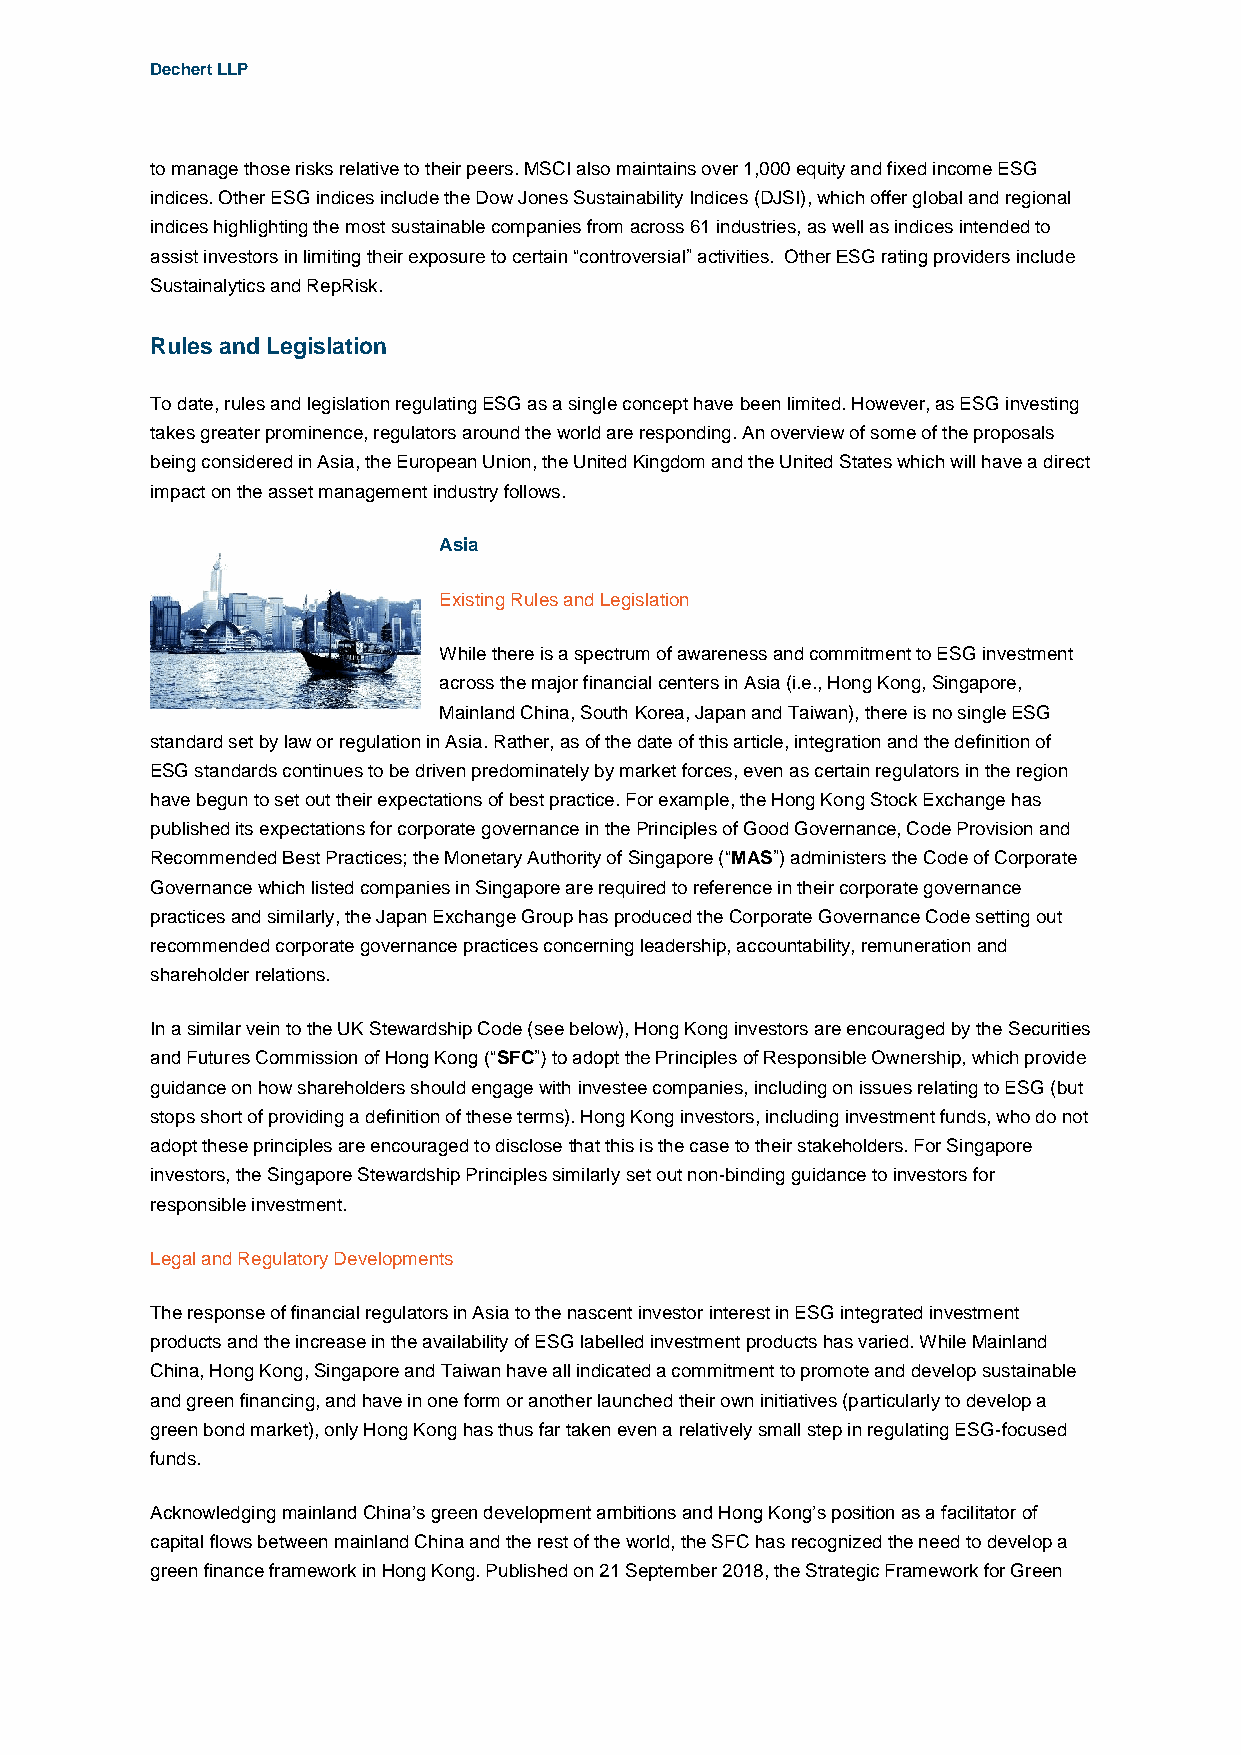
Dechert LLP
 to manage those risks relative to their peers. MSCI also maintains over 1,000 equity and fixed income ESG
 indices. Other ESG indices include the Dow Jones Sustainability Indices (DJSI), which offer global and regional
 indices highlighting the most sustainable companies from across 61 industries, as well as indices intended to
 assist investors in limiting their exposure to certain “controversial” activities. Other ESG rating providers include
 Sustainalytics and RepRisk.
 Rules and Legislation
 To date, rules and legislation regulating ESG as a single concept have been limited. However, as ESG investing
 takes greater prominence, regulators around the world are responding. An overview of some of the proposals
 being considered in Asia, the European Union, the United Kingdom and the United States which will have a direct
 impact on the asset management industry follows.
 Asia
 Existing Rules and Legislation
 While there is a spectrum of awareness and commitment to ESG investment
 across the major financial centers in Asia (i.e., Hong Kong, Singapore,
 Mainland China, South Korea, Japan and Taiwan), there is no single ESG
 standard set by law or regulation in Asia. Rather, as of the date of this article, integration and the definition of
 ESG standards continues to be driven predominately by market forces, even as certain regulators in the region
 have begun to set out their expectations of best practice. For example, the Hong Kong Stock Exchange has
 published its expectations for corporate governance in the Principles of Good Governance, Code Provision and
 Recommended Best Practices; the Monetary Authority of Singapore (“MAS”) administers the Code of Corporate
 Governance which listed companies in Singapore are required to reference in their corporate governance
 practices and similarly, the Japan Exchange Group has produced the Corporate Governance Code setting out
 recommended corporate governance practices concerning leadership, accountability, remuneration and
 shareholder relations.
 In a similar vein to the UK Stewardship Code (see below), Hong Kong investors are encouraged by the Securities
 and Futures Commission of Hong Kong (“SFC”) to adopt the Principles of Responsible Ownership, which provide
 guidance on how shareholders should engage with investee companies, including on issues relating to ESG (but
 stops short of providing a definition of these terms). Hong Kong investors, including investment funds, who do not
 adopt these principles are encouraged to disclose that this is the case to their stakeholders. For Singapore
 investors, the Singapore Stewardship Principles similarly set out non-binding guidance to investors for
 responsible investment.
 Legal and Regulatory Developments
 The response of financial regulators in Asia to the nascent investor interest in ESG integrated investment
 products and the increase in the availability of ESG labelled investment products has varied. While Mainland
 China, Hong Kong, Singapore and Taiwan have all indicated a commitment to promote and develop sustainable
 and green financing, and have in one form or another launched their own initiatives (particularly to develop a
 green bond market), only Hong Kong has thus far taken even a relatively small step in regulating ESG-focused
 funds.
 Acknowledging mainland China’s green development ambitions and Hong Kong’s position as a facilitator of
 capital flows between mainland China and the rest of the world, the SFC has recognized the need to develop a
 green finance framework in Hong Kong. Published on 21 September 2018, the Strategic Framework for Green